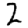
Digit: 2